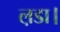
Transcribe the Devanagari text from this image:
ल़डा।